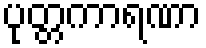
ပုတ္တကာရဏာ